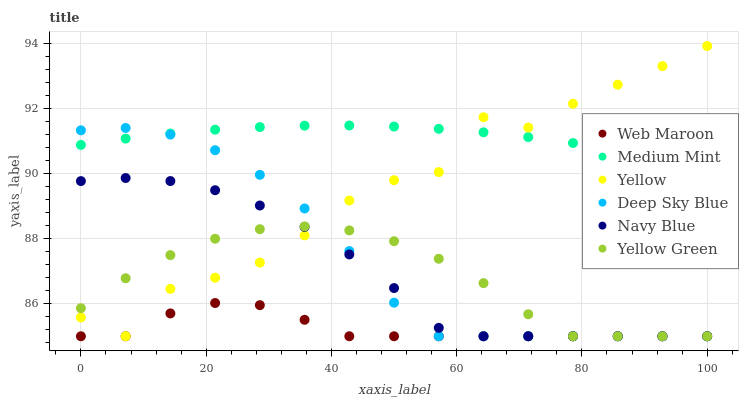
| xaxis_label | Web Maroon | Medium Mint | Yellow | Deep Sky Blue | Navy Blue | Yellow Green |
 | --- | --- | --- | --- | --- | --- | --- |
 | 0 | 85 | 90.9 | 85.6 | 91.3 | 89.8 | 85.9 |
 | 7.14 | 85 | 91.1 | 85 | 91.4 | 89.9 | 86.8 |
 | 14.3 | 85.7 | 91.2 | 86.5 | 91.2 | 89.8 | 87.5 |
 | 21.4 | 86 | 91.3 | 86.8 | 90.7 | 89.5 | 88 |
 | 28.6 | 86 | 91.4 | 87.3 | 90 | 89 | 88.3 |
 | 35.7 | 85.5 | 91.5 | 88.1 | 88.9 | 88.4 | 88.4 |
 | 42.9 | 85 | 91.5 | 89.2 | 87.6 | 87.5 | 88.3 |
 | 50 | 85 | 91.4 | 89.8 | 86 | 86.5 | 87.9 |
 | 57.1 | 85 | 91.4 | 90 | 85 | 85.3 | 87.4 |
 | 64.3 | 85 | 91.3 | 91.7 | 85 | 85 | 86.6 |
 | 71.4 | 85 | 91.1 | 91.4 | 85 | 85 | 85.7 |
 | 78.6 | 85 | 90.9 | 92.1 | 85 | 85 | 85 |
 | 85.7 | 85 | 90.7 | 92.7 | 85 | 85 | 85 |
 | 92.9 | 85 | 90.5 | 93.3 | 85 | 85 | 85 |
 | 100 | 85 | 90.2 | 93.9 | 85 | 85 | 85 |